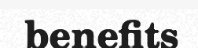
benefits